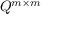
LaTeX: Q ^ { m \times m }